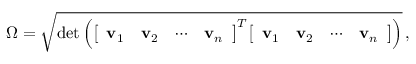
\Omega = { \sqrt { \operatorname* { d e t } \left( { \left[ \begin{array} { l l l l } { \mathbf { v } _ { 1 } } & { \mathbf { v } _ { 2 } } & { \cdots } & { \mathbf { v } _ { n } } \end{array} \right] } ^ { T } { \left[ \begin{array} { l l l l } { \mathbf { v } _ { 1 } } & { \mathbf { v } _ { 2 } } & { \cdots } & { \mathbf { v } _ { n } } \end{array} \right] } \right) } } \, ,